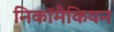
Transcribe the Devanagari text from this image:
निकॉमैकियन